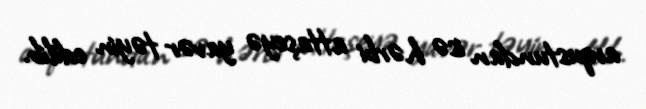
avqustundan isə hərbi attaşeyə yavər təyin edilib.